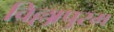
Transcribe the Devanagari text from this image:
विल्लापुरम